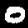
Label: 0